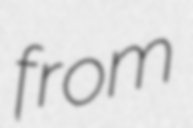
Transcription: from